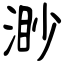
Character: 渺